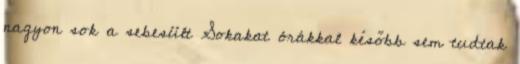
nagyon sok a sebesült Sokakat órákkal később sem tudtak